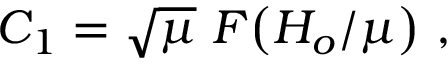
C _ { 1 } = \sqrt { \mu } \, \, F \! \left( { H _ { o } / \mu } \right) \, ,